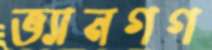
ভ্যানগগ